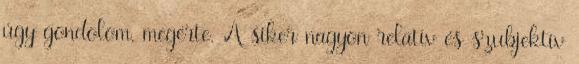
úgy gondolom, megérte. A siker nagyon relatív és szubjektív